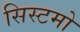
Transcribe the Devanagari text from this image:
सिस्टमो